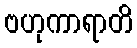
ဗဟုကာရာတိ